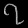
Digit: ၇